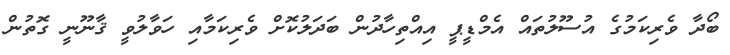
ބޯދާ ވެރިކަމުގެ އުސޫލުތައް އެމްޑީޕީ އިއްތިހާދުން ބަދަލުކޮށް ވެރިކަމާއި ހަވާލުވީ ޤާނޫނީ ގޮތުން